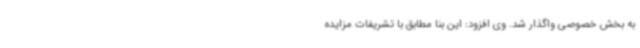
به بخش خصوصی واگذار شد. وی افزود: این بنا مطابق با تشریفات مزایده